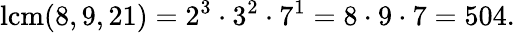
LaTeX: \operatorname{lcm}(8,9,21)=2^{3}\cdot 3^{2}\cdot 7^{1}=8\cdot 9\cdot 7=504.